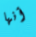
أنها